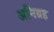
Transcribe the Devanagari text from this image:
अनिग्रह